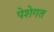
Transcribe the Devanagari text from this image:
पेशेगत